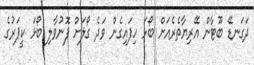
ދަގަނޑޭ ބޫޓާން އޭރިޔާތެރެއަށް ބޯޅަ ހިފައިގެން ވަދެ ގޯލަށް ފޮނުވާލި ބޯޅަ ކީޕަރުގެ